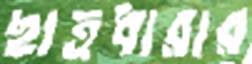
ছাত্রধারার